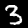
Label: 3